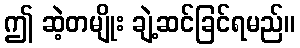
ဤ ဆဲ့တမျိုး ချဲ့ဆင်ခြင်ရမည်။